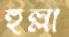
হুল্লা